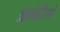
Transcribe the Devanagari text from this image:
आमेरिगो